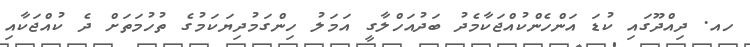
ހއ. ދިއްދޫގައި ކުޑަ އަންހެންކުއްޖަކާމެދު ބަދުއަހްލާގީ އަމަލު ހިންގަމުދިޔަކަމުގެ ތުހުމަތަށް ދެ ކުއްޖަކާއި